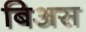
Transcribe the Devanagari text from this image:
बिअस